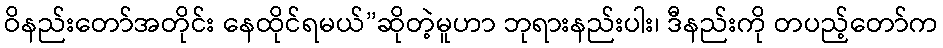
ဝိနည်းတော်အတိုင်း နေထိုင်ရမယ်”ဆိုတဲ့မူဟာ ဘုရားနည်းပါး၊ ဒီနည်းကို တပည့်တော်က